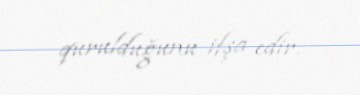
qurulduğunu ifşa edir.